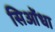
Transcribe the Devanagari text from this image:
सिओंधा